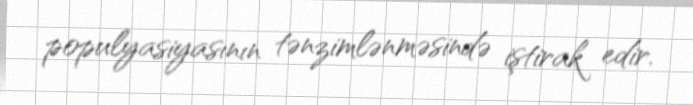
populyasiyasının tənzimlənməsində iştirak edir.